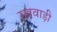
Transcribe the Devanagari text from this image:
रखवाड़ी